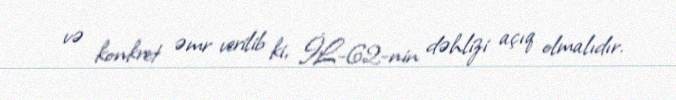
və konkret əmr verilib ki, İL-62-nin dəhlizi açıq olmalıdır.